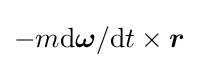
-m\mathrm {d} {\boldsymbol {\omega }}/\mathrm {d} t\times {\boldsymbol {r}}